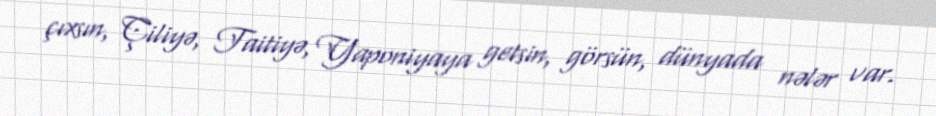
çıxsın, Çiliyə, Taitiyə, Yaponiyaya getsin, görsün, dünyada nələr var.